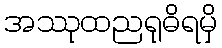
အဿုထညရုဓိရမှိ